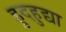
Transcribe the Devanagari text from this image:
हुदहुद्या